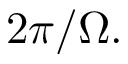
2 \pi / \Omega .